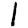
Digit: 1